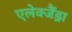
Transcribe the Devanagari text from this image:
एलेक्जैंड्रा